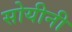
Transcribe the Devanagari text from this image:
सोयीनी